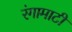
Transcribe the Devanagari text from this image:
रंगामाटी